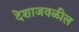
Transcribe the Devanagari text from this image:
देशाजवळील